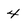
Character: 4